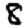
Digit: 8